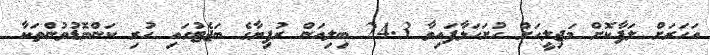
އަހަރަށް ލަފާކޮށް މަޖިލީހަށް ހުށަހަޅާފައިވާ 24.3 ބިލިއަން ރުފިޔާގެ ބަޖެޓުގައި ހުރި ކަންބޮޑުވުންތަކާ